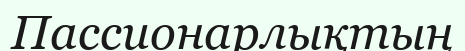
Пассионарлықтың